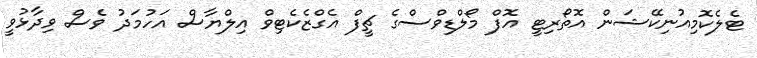
ޓެލެކޮމިއުނިކޭޝަން އޮތޯރިޓީ އޮފް މޯލްޑިވްސްގެ ޗީފް އެގްޒެކެޓިވް އިލްޔާސް އަހުމަދު ވެސް ވިދާޅުވީ